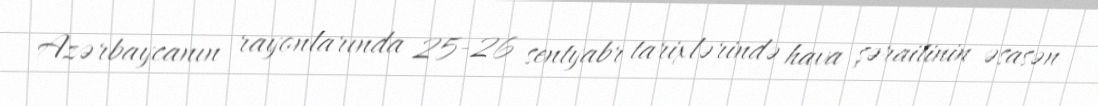
Azərbaycanın rayonlarında 25-26 sentyabr tarixlərində hava şəraitinin əsasən